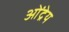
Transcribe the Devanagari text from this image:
ओंद्रेय